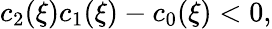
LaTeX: c_{2}(\xi)c_{1}(\xi)-c_{0}(\xi)<0,